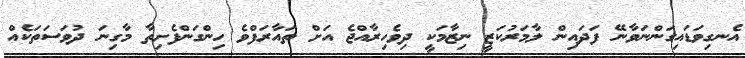
އެނގިވަޑައިގަންނަވާނޭ ފަދައިން ލާމަރުކަޒީ ނިޒާމަކީ ދިވެހިރާއްޖެ އަށް ތައާރަފްވެ ހިންގަންފެށިތާ މާގިނަ ދުވަސަތަކެއް